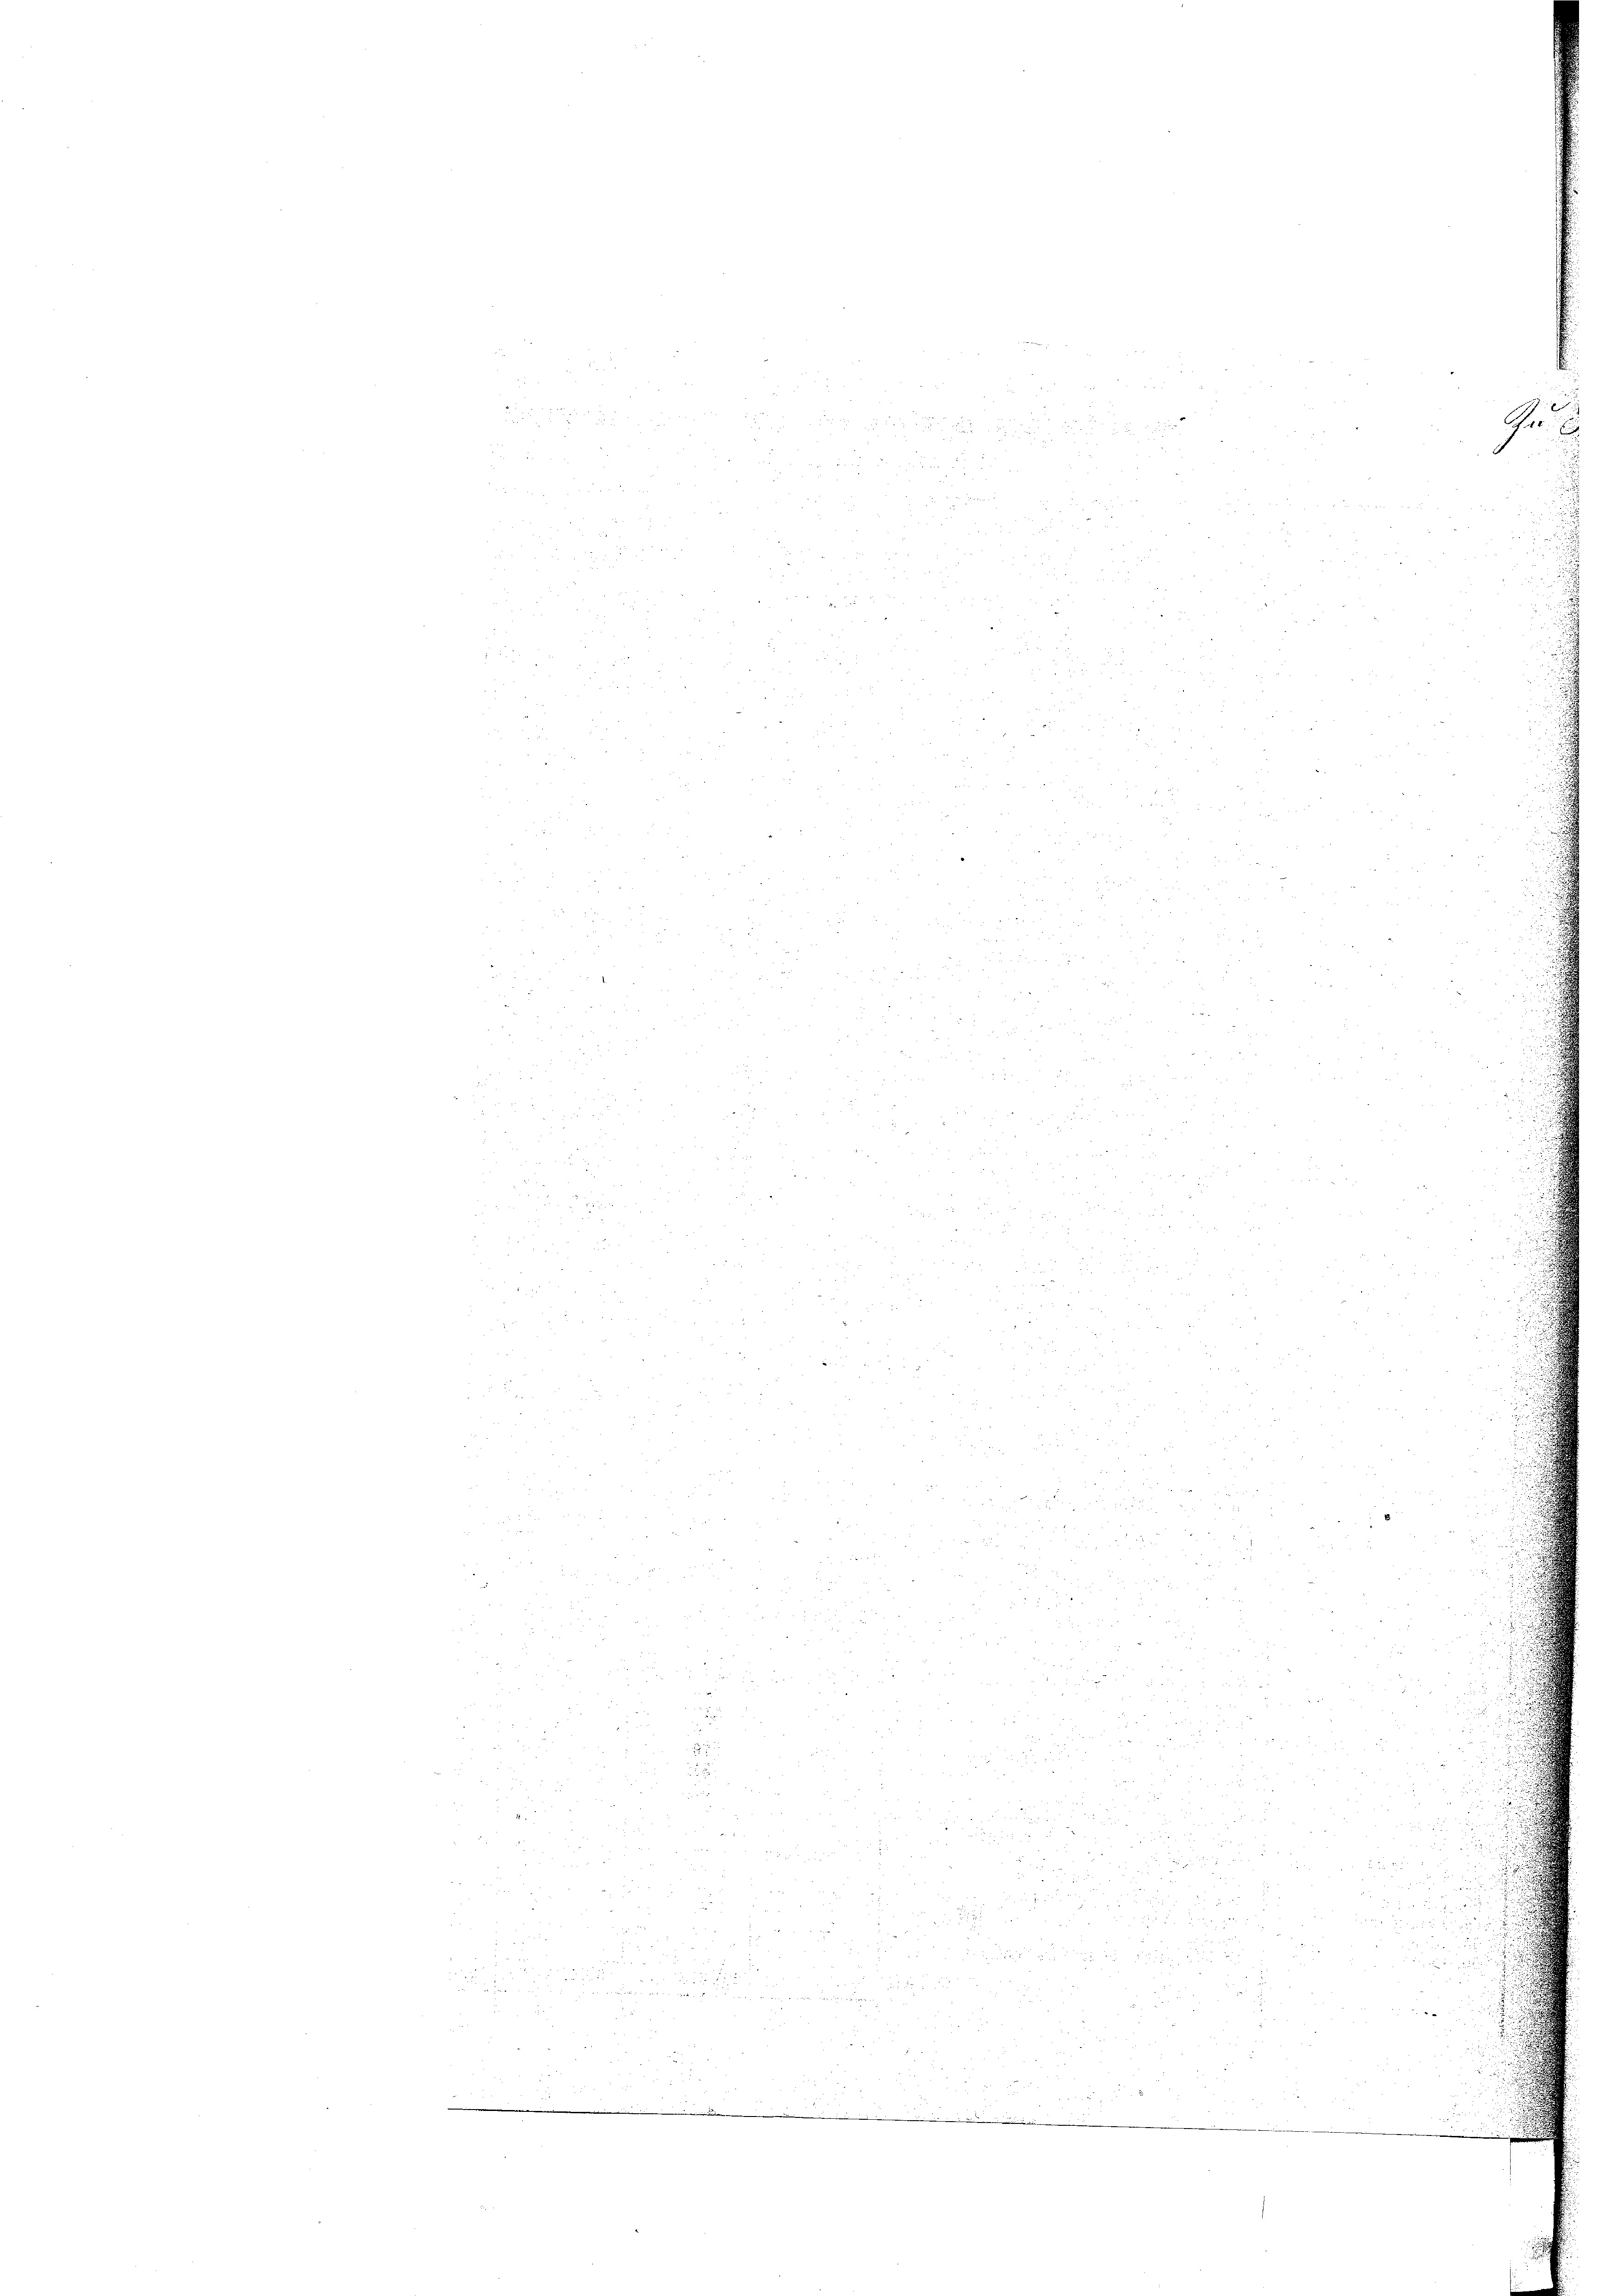
¬
5
u
r

.
55

.
2

¬
2
 1 f 0 x

2
d
i

 0 x
e

 f 45 x
 f 8 x
2
.

 85
zu

 x 2 2 x

0 x
 55 x

 zu
2
r
Frei
u

Ge